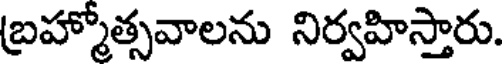
బ్రహ్మోత్సవాలను నిర్వహిస్తారు.